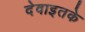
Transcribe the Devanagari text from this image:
देवाइतके